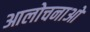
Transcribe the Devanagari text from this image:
आलोचनाआें